Rasina_vallavalitsus, lk 58
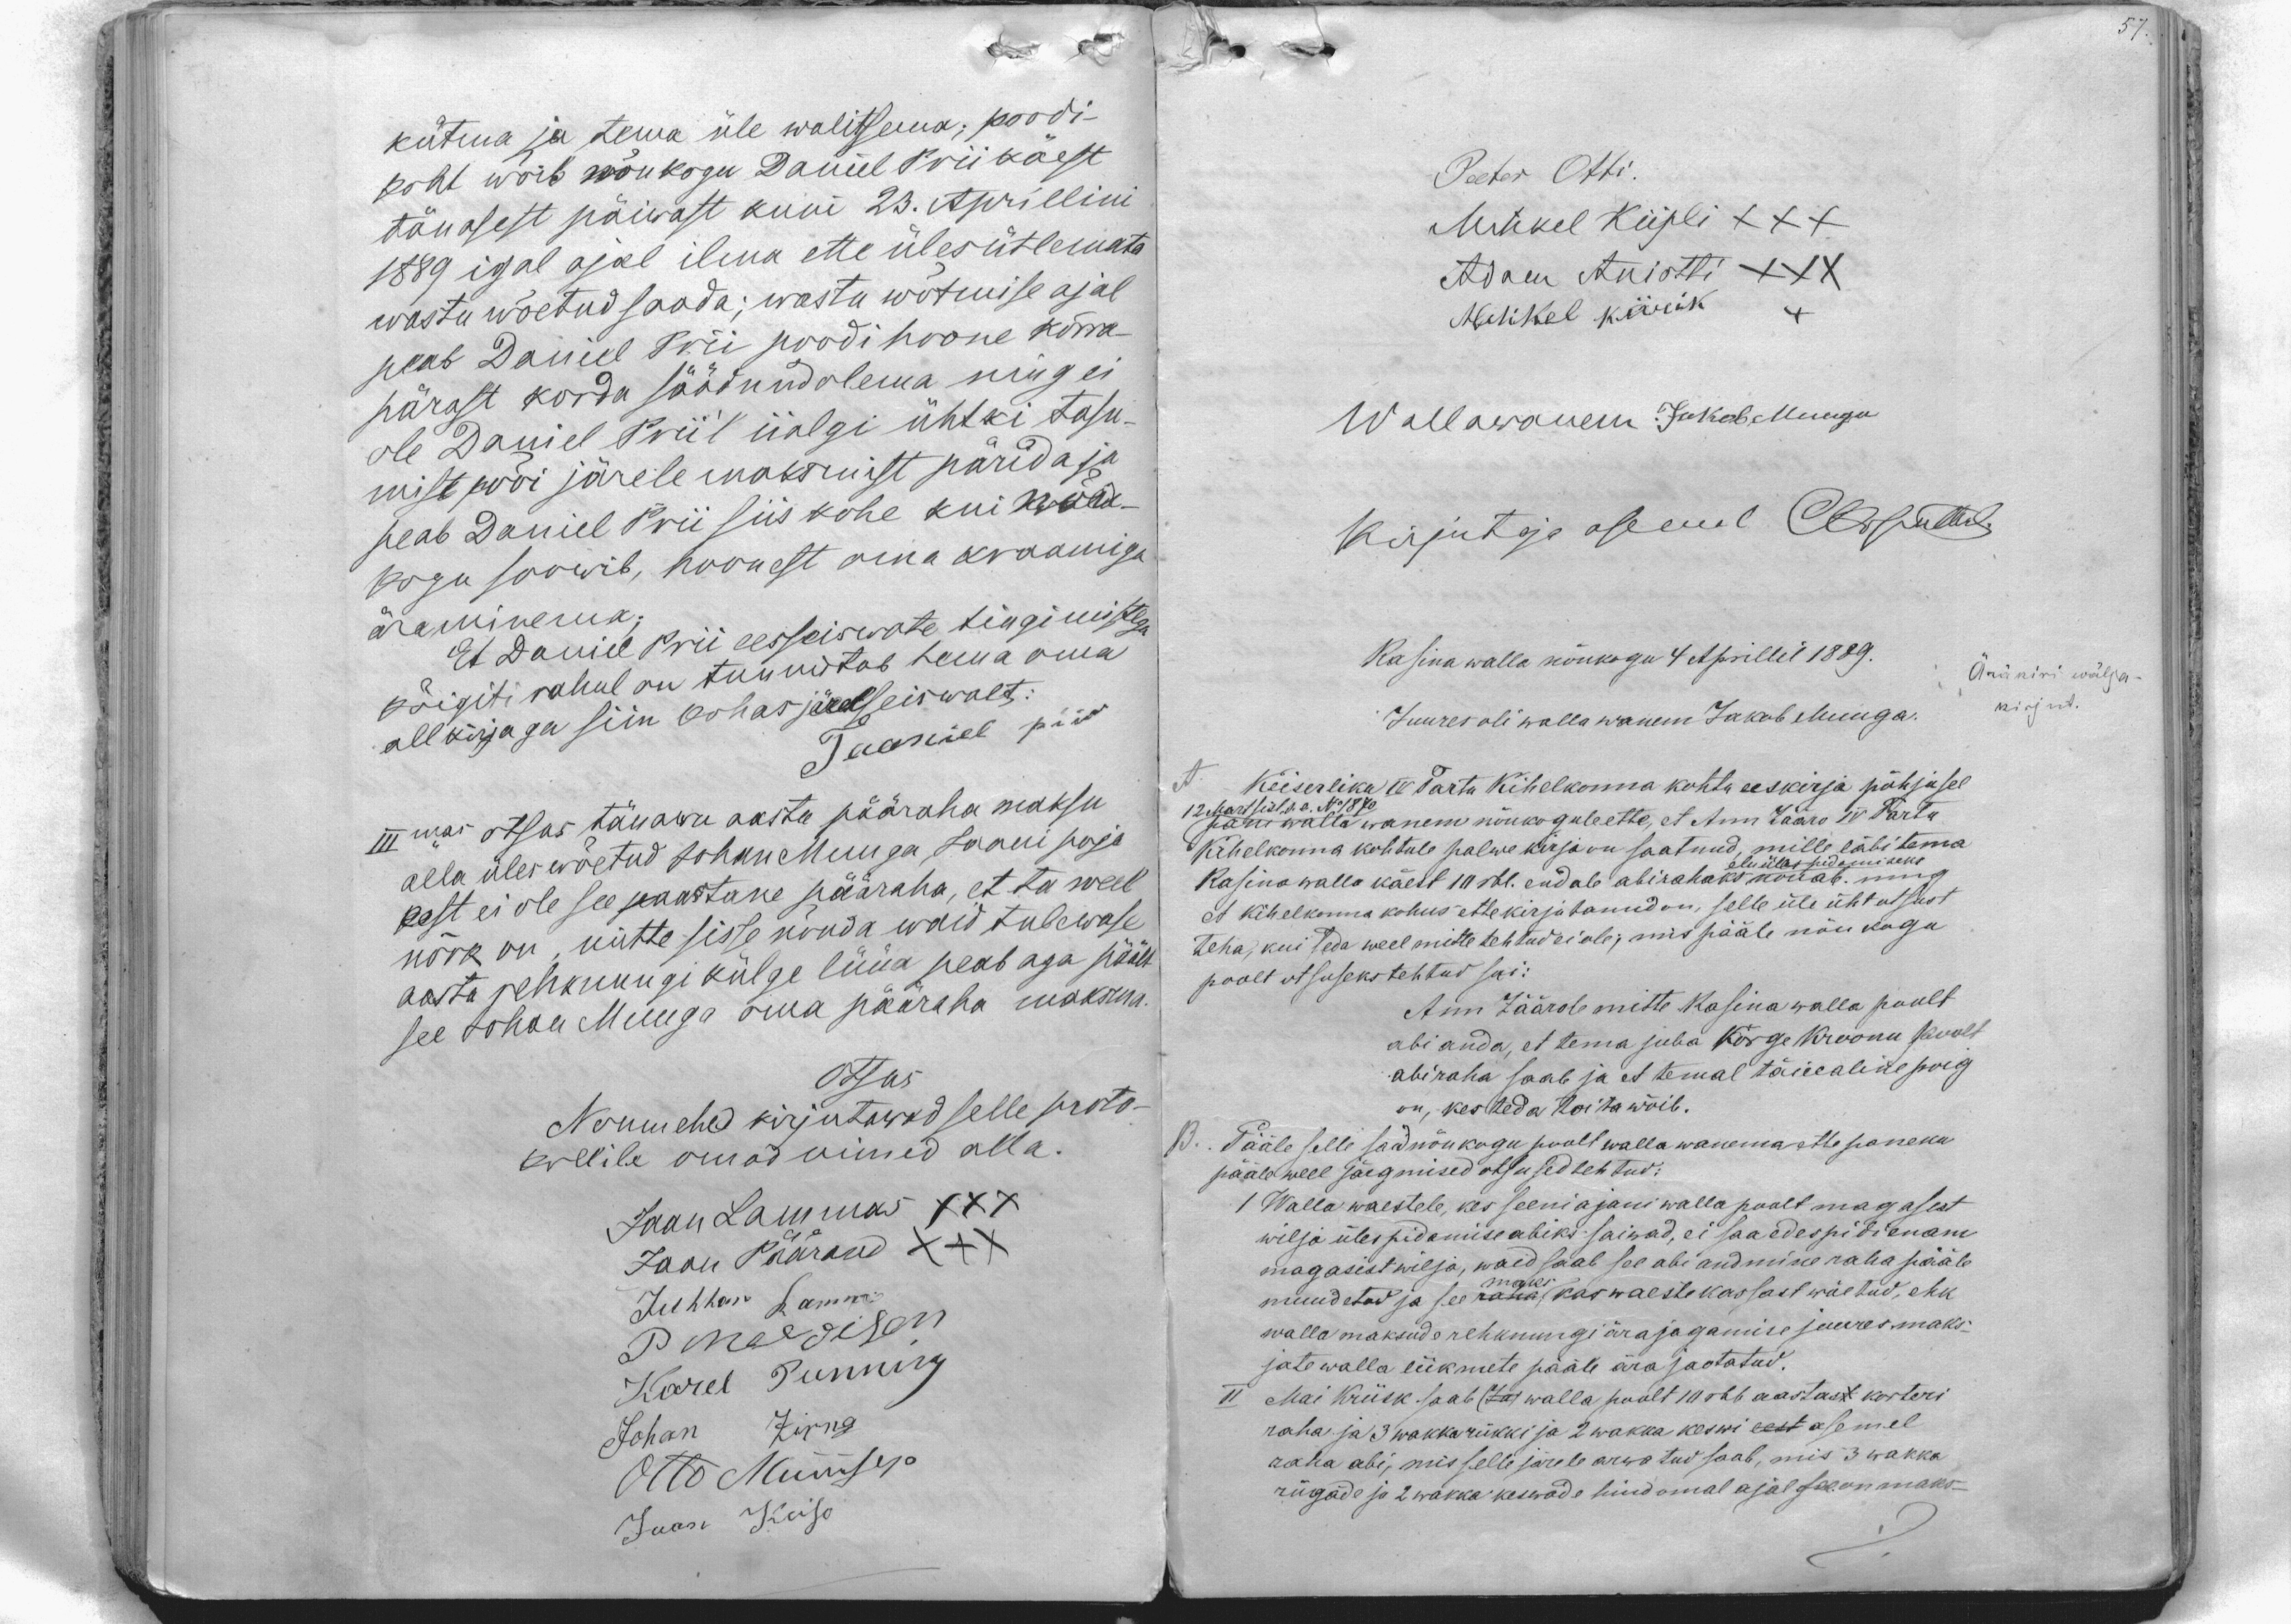
57

kütma ja tema üle walitsema; poodi-
koht wõib nõukogu Daniel Prii käest
tänasest päiwast kuni 23. Aprillini
1889 igal ajal ilma ette ülesütlemata
wastu wõetud saada; wastu wõtmise ajal
peab Daniel Prii poodihoone kõrra-
pärast korda säädnud olema ning ei
ole Daniel Prii'l iialgi ühtki tasu-
mist wõi järele maksmist pärida ja
peab Daniel Prii siis kohe kui nõu-
kogu soowib, hoonest oma kraamiga
äraminema
Et Daniel Prii eesseiswate tingimistega
kõigiti rahul on tunnistab tema oma
allkirjaga siin kohas järelseiswalt:
Taaniel piir
III mas otsus tänawu aasta pääraha maksu
alla üles wõetud Johan Muuga Jaani poja
eest ei ole see seaastane pääraha, et ta weel
nõrk on, mitte sisse nõuda waid tulewase
aasta rehknungi külge lüüa peab aga päält
see Johan Muuga oma pääraha maksma.
Otsus
Noumehed kirjutawad selle proto-
kollile omad nimed olla.
Jaan Lammas XXX
Jaan Päärand XXX
Juhhan Ramm
P Maddison
Karel Punning
Johan Zirna
Otto Müürsep
Jaan Keiso

Peeter Otti.
Mihkel Kiipli XXX
Adam Aniotti XXX
Mihkel Kärik
Wallawanem Jakob Muuga
Kirjutaja asemel Otsustud.
Rasina walla nõukogu 4 Aprillil 1889.
Ärakiri wälja -
Juures oli walla wanem Jakob Muuga.
kirjut.
A. Keiserliku IV Tartu Kihelkonna kohtu eeskirja põhjusel
12 Märtsist s.a. No 1870
pani walla wanem nõukogule ette, et Ann Zääro IV Tartu
Kihelkonna kohtule palwe kirja on saatnud, mille läbi tema
elu ülespidamiseks
Rasina walla käest 10 rbl. endale abirahaks nõuab ning
et kihelkonna kohus ette kirjutanud on, selle üle üht otsust
teha, kui teda weel mitte tehtud ei ole; mis pääle nõu kogu
poolt otsuseks tehtud sai:
Ann Zäärole mitte Rasina walla poolt
abi anda, et tema juba Kõrge Kroonu poolt
abiraha saab ja et temal täieealine poig
on, kes teda toita wõib.
B. Pääle selle said nõukogu poolt walla wanema ette paneku
pääle weel järgmised otsused tehtud:
I Walla waestele, kes seeniajani walla poolt magasest
wilja ülespidamise abiks saiwad, ei saa edespidi enam
magasist wilja, waid saab see abi andmine raha pääle
maks
muudetud ja see raha kas waeste kassast wõetud, ehk
walla maksude rehknungi ärajagamise juures maks-
jate walla liikmete pääle ära jaotatud.
II Mai Kriisk saab (Ja) walla poolt 10 rbl aastast korteri
raha ja 3 wakka rükki ja 2 wakka keswi eest asemel
raha abi, mis selle järele arwatud saab, mis 3 wakka
rügade ja 2 wakka keswade hind omal ajal see on maks-